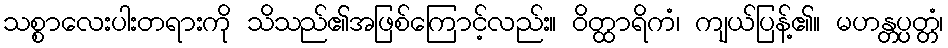
သစ္စာလေးပါးတရားကို သိသည်၏အဖြစ်ကြောင့်လည်း။ ဝိတ္ထာရိကံ၊ ကျယ်ပြန့်၏။ မဟန္တပ္ပတ္တံ၊